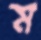
ম